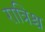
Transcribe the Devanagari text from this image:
रात्रिश्च